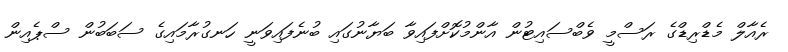
ރެއާލް މެޑްރިޑްގެ ރަސްމީ ވެބްސައިޓުން އާންމުކޮށްފައިވާ ބަޔާނުގައި ބުނެފައިވަނީ ހަނގުރާމައިގެ ސަބަބުން ސްޕެއިން